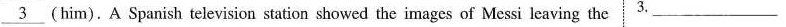
\underline{3} (him) .A Spanish television station showed the images of Messi leaving the 3.___